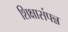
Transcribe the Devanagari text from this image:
शिक्षासंपन्न